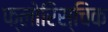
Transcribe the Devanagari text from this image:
फ्लोरिस्चिक